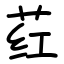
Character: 荭